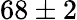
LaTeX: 68\pm 2